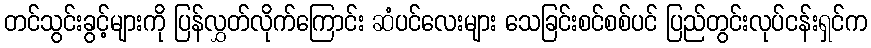
တင်သွင်းခွင့်များကို ပြန်လွှတ်လိုက်ကြောင်း ဆံပင်လေးများ သေခြင်းစင်စစ်ပင် ပြည်တွင်းလုပ်ငန်းရှင်က